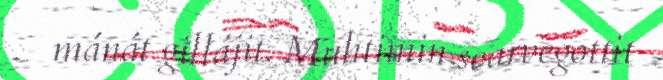
mánát gillájit. Muhtimin searvegottit